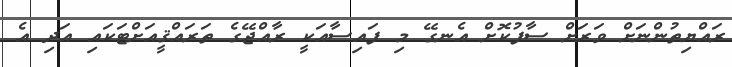
ރައްޔިތުންނަށް ވަރަށް ސާފުކޮށް އެނގޭ މި ފައިސާއަކީ ރާއްޖޭގެ ތަރައްޤީއަށްޓަކައި އަދި އެ